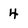
Character: 4